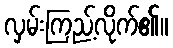
လှမ်းကြည့်လိုက်၏။